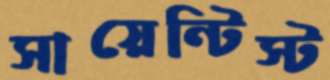
সায়েন্টিস্ট